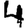
Digit: 4